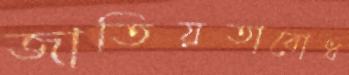
জাতিয়তাবোধ